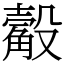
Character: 觳